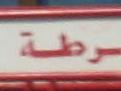
طة